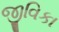
જીવિકા